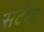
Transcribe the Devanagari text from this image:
सटेन्ड